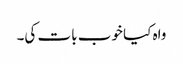
واہ کیا خوب بات کی۔